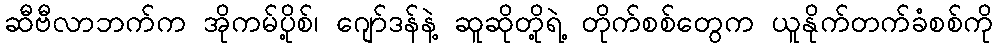
ဆီဗီလာဘက်က အိုကမ်ပို့စ်၊ ဂျော်ဒန်နဲ့ ဆူဆိုတို့ရဲ့ တိုက်စစ်တွေက ယူနိုက်တက်ခံစစ်ကို